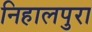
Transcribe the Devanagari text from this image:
निहालपुरा